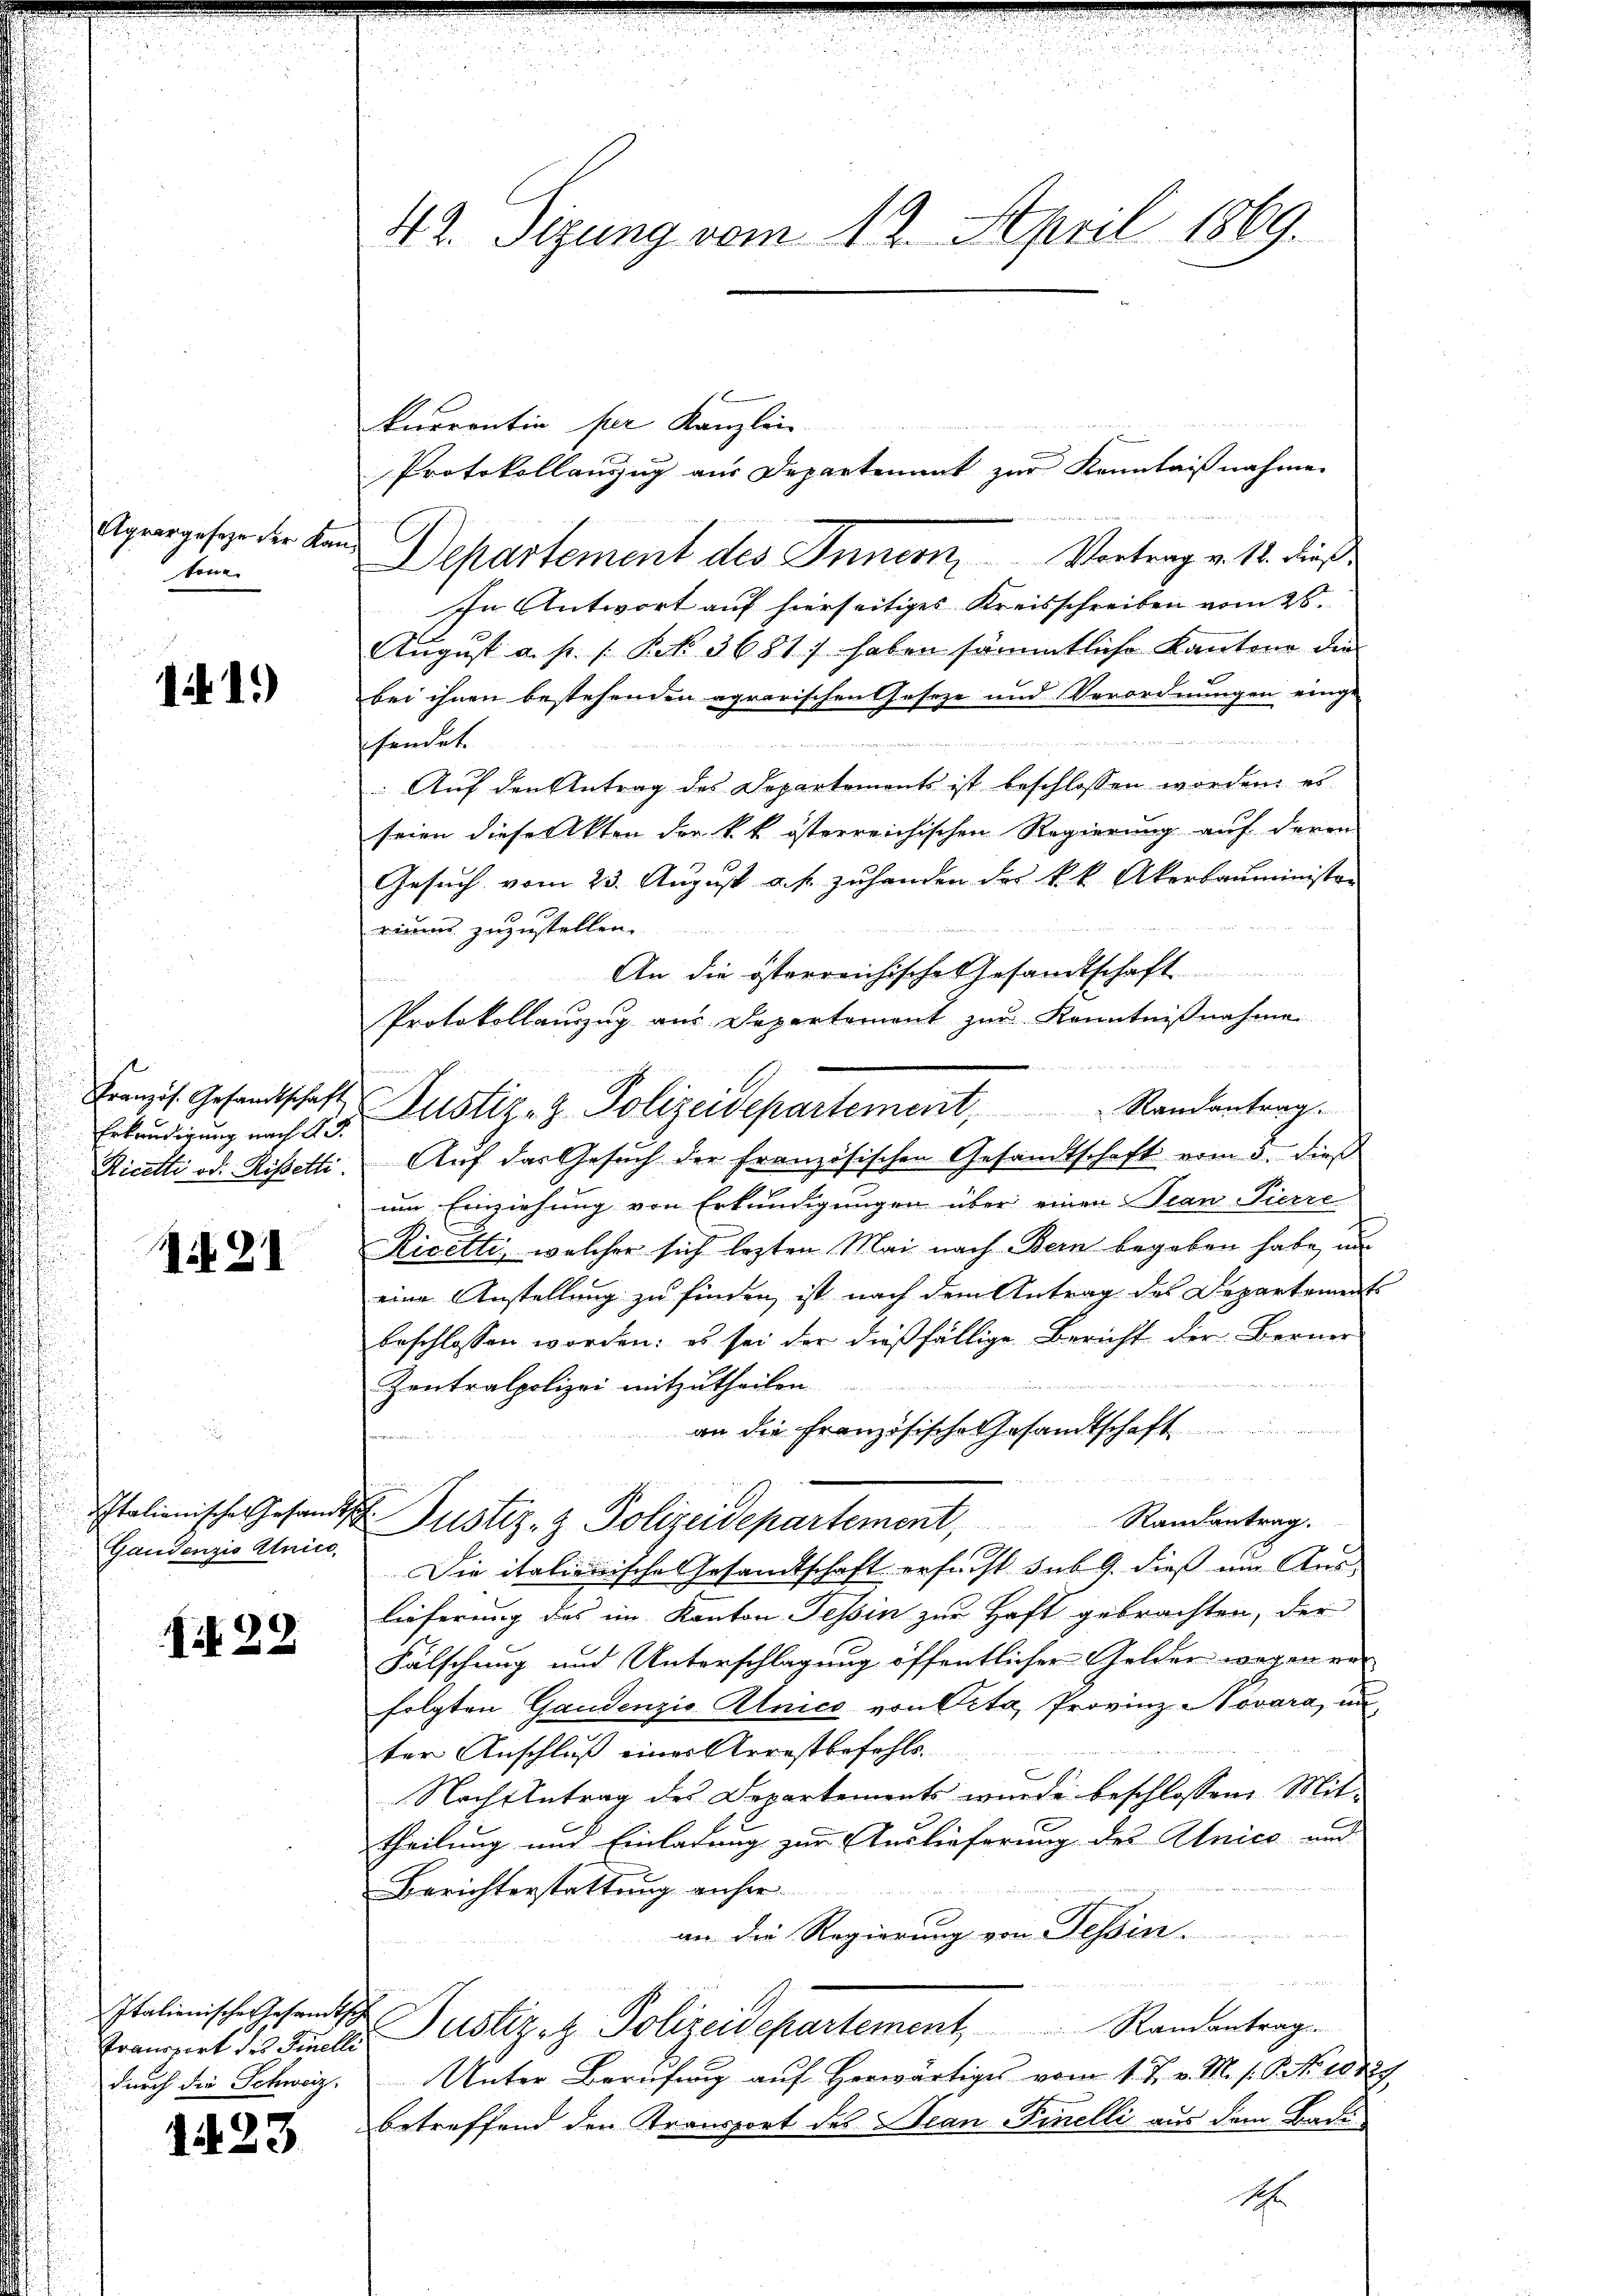
Agrargeseze der Kantone.

11.)

Französ. Gesandtschaft
Erkandigung nach Ad
Ricetti od. Rißetti.

if. 21

Italienische Gesandts
Gaudenzio Unico,

if. 22

Transport des Finelli
durch die Schweiz.

1423

42. Sizung vom 12. April 1869.

kurrentin per Kanzlei
Protokollauszug aus Departenant zur Kenntnisnahme
Departement des Innern, Vortrag v. 11. dieß
In Antwort auf hierseitiges Kreisschreiben vom 26.
August a. p. 1 Pkt. 3681) haben sämmtliche Kantone der
bei ihnen bestehenden agrarischen Geseze und Verordnungen einge-
 erwerb er
fendet.
: Auf den Antrag des Departements ist beschlossen worden, es
seien dieser Akten der k. k. österreichischen Regierung auf deren
Gesuch vom 23. August u. s. zuhanden des k.k. Akerbauminister
riums zuzustellen.
An die österreichische Gesandtschaft
rates de
Protokollauszug aus Departement zur Kenntnißnahme
Auf das Gesuch der Französischen Gesandtschaft vom 5. dieß
um Einziehung von Erkundigungen über einen Tean Pierre
Ricetti, welcher sich lezten Mai nach Bern begeben habe, un
eine Anstellung zu finden, ist nach dem Antrag des Departement
beschlossen worden: es sei der dießfällige Bericht der Berner
Zentralpolizei mitzutheilen.
an die französische Gesandtschaft .........
 Justiz- & Polizeidepartement, Randantrag.
Die italienische Gesandtschaft ersucht sub 9. dieß um Aus-
lieferung des im Kanton Tessin zur Haft gebrachten, der
Fälschung und Unterschlagung öffentlicher Gelder wegen vor
folgten Gaudenzio Anico von Peta, Provinz Novara, un
ter Anschluß eines Arrestbefehls.
Nach Antrag des Departements wurde beschlossene Mittheilung und Einladung zur Auslieferung des Unice und
Berichterstattung anheran die Regierung von Tessin.
u
Italienischen Gesandtsche Justizet Polizeidepartement Randantrag.
Unter Berufung auf Horwärtiges vom 1. J. v. M. s. S. Nr. 10729.
betreffend den Transport des Jean Finelli aus dem Badi¬

Justiz- & Polizeidepartement, Randantrag.